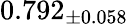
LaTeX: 0.792_{\pm 0.058}